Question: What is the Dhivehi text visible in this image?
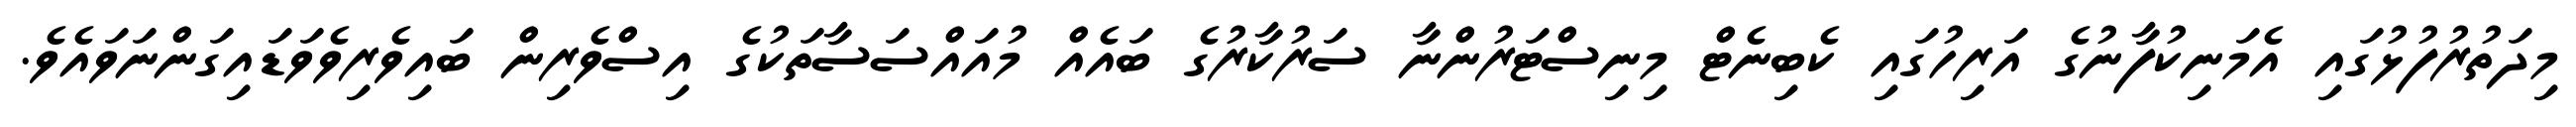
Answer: މިދަތުރުފުޅުގައި އެމަނިކުފާނުގެ އަރިހުގައި ކެބިނެޓް މިނިސްޓަރުންނާ ސަރުކާރުގެ ބައެއް މުއައްސަސާތަކުގެ އިސްވެރިން ބައިވެރިވެވަޑައިގަންނަވައެވެ.